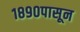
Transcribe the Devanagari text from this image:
१८९०पासून